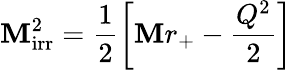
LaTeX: \mathbf{M}_{\mathrm{{irr}}}^{2}=\frac{{1}}{{2}}\left[\mathbf{M}r_{+}-\frac{{Q^{2}}}{{2}}\right]